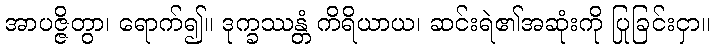
အာပဇ္ဇိတွာ၊ ရောက်၍။ ဒုက္ခဿန္တံ ကိရိယာယ၊ ဆင်းရဲ၏အဆုံးကို ပြုခြင်းငှာ။